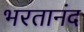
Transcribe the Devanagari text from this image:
भरतानंद